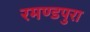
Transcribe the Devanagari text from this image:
रमण्डपुरा